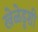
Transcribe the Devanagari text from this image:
खेळेडूशी